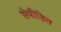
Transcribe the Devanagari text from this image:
सेपीड़ित